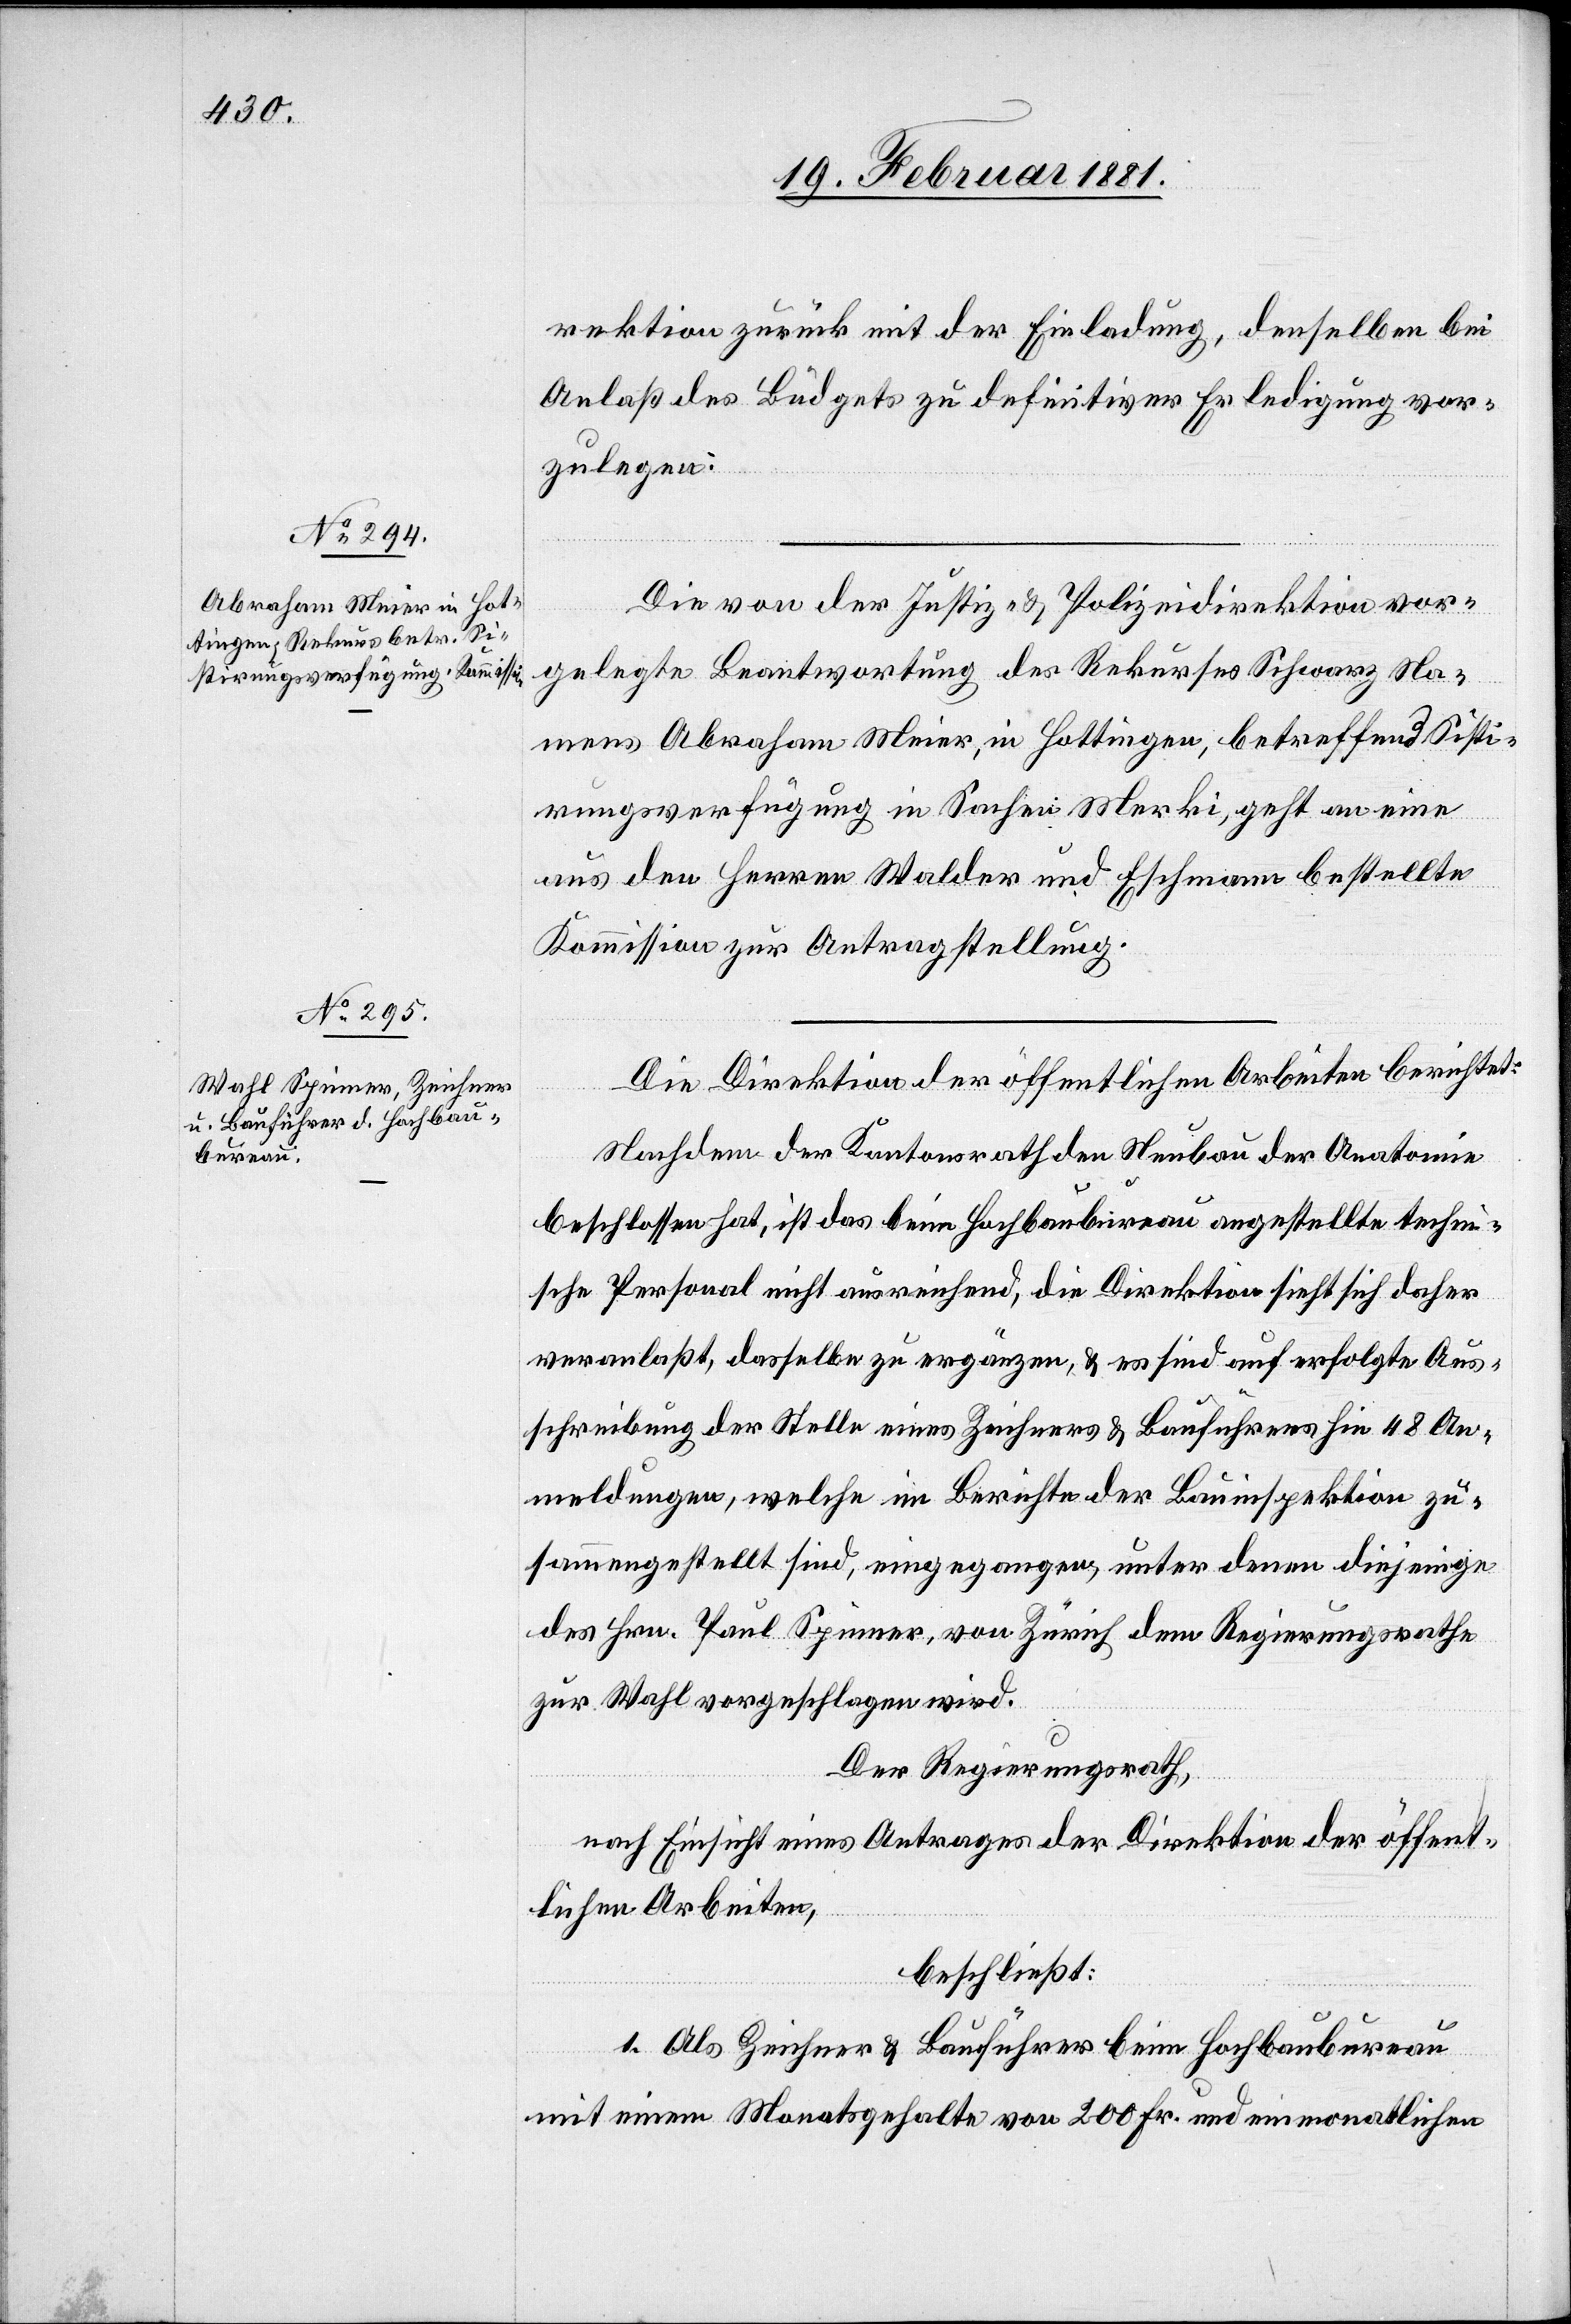
rektion zurück mit der Einladung, denselben bei
Anlaß des Büdgets zu definitiver Erledigung vor¬
zulegen.
Die von der Justiz- & Polizeidirektion vor¬
gelegte Beantwortung des Rekurses Schwarz Na¬
mens Abraham Meier, in Hottingen, betreffend Sisti¬
rungsverfügung in Sachen Merki, geht an eine
aus den Herren Walder und Eschmann bestellte
Kommission zur Antragstellung.
Die Direktion der öffentlichen Arbeiten berichtet:
Nachdem der Kantonsrath den Neubau der Anatomie
beschlossen hat, ist das beim Hochbaubureau angestellte techni¬
sche Personal nicht ausreichend, die Direktion sieht sich daher
veranlaßt, dasselbe zu ergänzen, & es sind auf erfolgte Aus¬
schreibung der Stelle eines Zeichners & Bauführers hin 48 An¬
meldungen, welche im Berichte der Bauinspektion zu¬
sammengestellt sind, eingegangen, unter denen diejenige
des Hrn. Paul Spinner, von Zürich dem Regierungsrathe
zur Wahl vorgeschlagen wird.
Der Regierungsrath,
nach Einsicht eines Antrages der Direktion der öffent¬
lichen Arbeiten,
beschließt:
1. Als Zeichner & Bauführer beim Hochbaubureau
mit einem Monatsgehalte von 200 Fr. und einmonatlichen